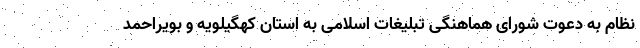
نظام به دعوت شورای هماهنگی تبلیغات اسلامی به استان کهگیلویه و بویراحمد